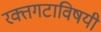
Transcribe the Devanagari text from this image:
रक्तगटाविषयी